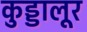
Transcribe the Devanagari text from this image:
कुड्डालूर